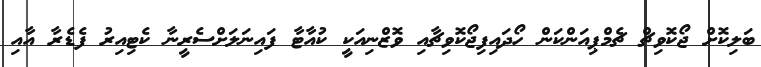
ބަލިކޮށް ޖޯކޮވިޗް ޗެމްޕިއަންކަން ހޯދައިފިޖޯކޮވިޗާއި ވޮޒްނިއަކީ ކުއާޓާ ފައިނަލަށްސެރީނާ ކެޓިއިރު ފެޑެރާ އާއި